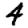
Digit: 4